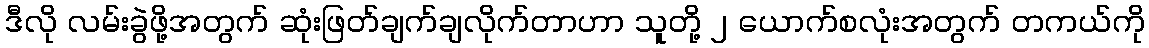
ဒီလို လမ်းခွဲဖို့အတွက် ဆုံးဖြတ်ချက်ချလိုက်တာဟာ သူတို့ ၂ ယောက်စလုံးအတွက် တကယ်ကို